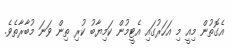
އެގޮތުން މިއީ މި އަހަރުގައި އެޓީމުން ކަމިޔާބު ކުރި ތިން ވަނަ މުބާރާތެވެ.